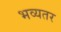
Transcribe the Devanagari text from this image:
भव्यतर